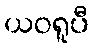
ယဝရူပီ